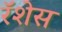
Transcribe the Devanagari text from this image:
रॅशेस